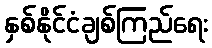
နှစ်နိုင်ငံချစ်ကြည်ရေး